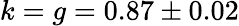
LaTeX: k=g=0.87\pm 0.02